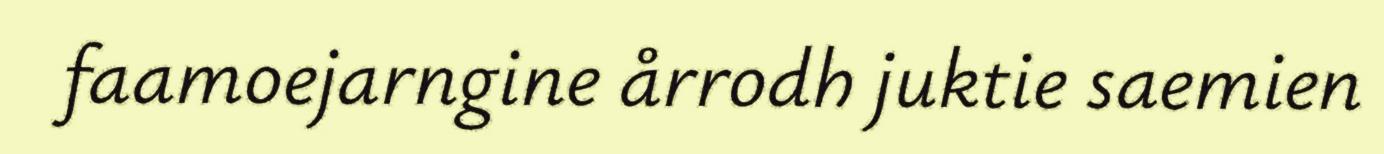
faamoejarngine årrodh juktie saemien